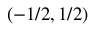
\left( - 1 / 2 , 1 / 2 \right)